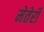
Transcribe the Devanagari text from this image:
मेतेरी